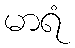
မာရံ